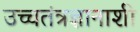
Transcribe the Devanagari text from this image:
उच्चतंत्रज्ञानाशी